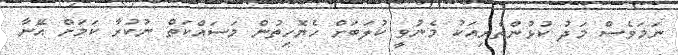
ނަމަވެސް މަދު ކުޅުންތެރިއަކު މެނުވީ ކުލަބަށް ހެޔޮހިތުން މަސައްކަތް ނުކުރާ ކަމަށް އޭނާ